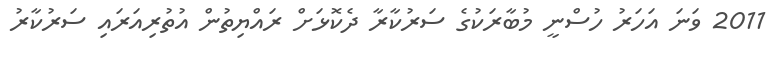
2011 ވަނަ އަހަރު ހުސްނީ މުބާރަކުގެ ސަރުކާރާ ދެކޮޅަށް ރައްޔިތުން އުތުރިއަރައި ސަރުކާރު